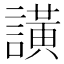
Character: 𮘺